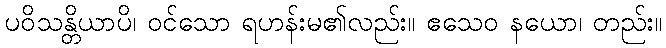
ပဝိသန္တိယာပိ၊ ဝင်သော ရဟန်းမ၏လည်း။ ဧသေဝ နယော၊ တည်း။